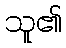
သူ၏